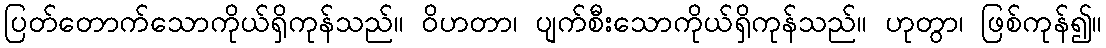
ပြတ်တောက်သောကိုယ်ရှိကုန်သည်။ ဝိဟတာ၊ ပျက်စီးသောကိုယ်ရှိကုန်သည်။ ဟုတွာ၊ ဖြစ်ကုန်၍။